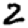
Digit: 2